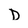
Character: D